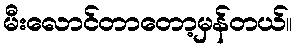
မီးလောင်တာတော့မှန်တယ်။